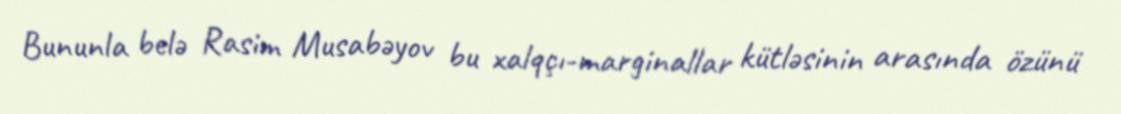
Bununla belə Rasim Musabəyov bu xalqçı-marginallar kütləsinin arasında özünü